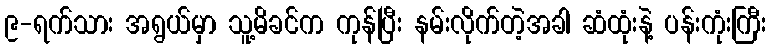
၉-ရက်သား အရွယ်မှာ သူ့မိခင်က ကုန်ပြီး နမ်းလိုက်တဲ့အခါ ဆံထုံးနဲ့ ပန်းကုံးကြီး